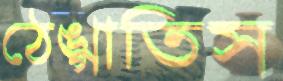
ঠেঙ্গাতিস